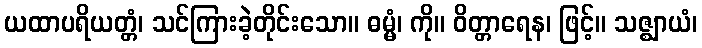
ယထာပရိယတ္တံ၊ သင်ကြားခဲ့တိုင်းသော။ ဓမ္မံ၊ ကို။ ဝိတ္တာရေန၊ ဖြင့်။ သဇ္ဈာယံ၊